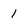
Character: 1